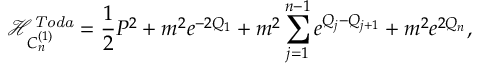
\mathcal { H } _ { C _ { n } ^ { ( 1 ) } } ^ { \mathit { T o d a } } = { \frac { 1 } { 2 } } P ^ { 2 } + m ^ { 2 } e ^ { - 2 Q _ { 1 } } + m ^ { 2 } \sum _ { j = 1 } ^ { n - 1 } e ^ { Q _ { j } - Q _ { j + 1 } } + m ^ { 2 } e ^ { 2 Q _ { n } } ,